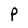
Character: P